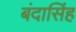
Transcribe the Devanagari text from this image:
बंदासिंह